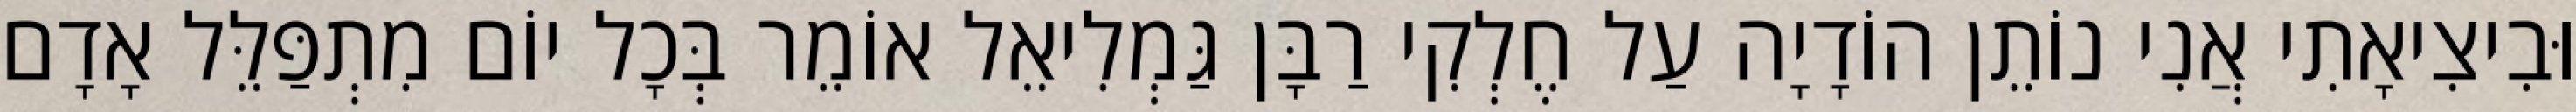
וּבִיצִיאָתִי אֲנִי נוֹתֵן הוֹדָיָה עַל חֶלְקִי רַבָּן גַּמְלִיאֵל אוֹמֵר בְּכָל יוֹם מִתְפַּלֵּל אָדָם